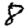
Digit: 8